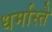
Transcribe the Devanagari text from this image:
धर्मास्ते